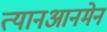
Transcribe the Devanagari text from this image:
त्यानआनमेन